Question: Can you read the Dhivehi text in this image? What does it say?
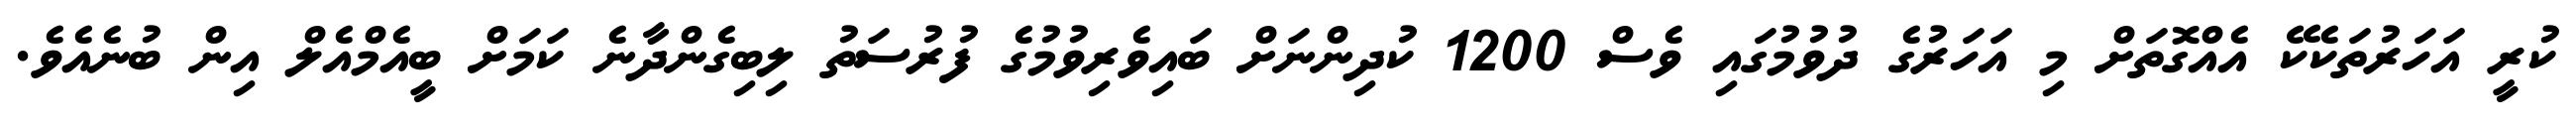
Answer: ކުރީ އަހަރުތަކެކޭ އެއްގޮތަށް މި އަހަރުގެ ދުވުމުގައި ވެސް 1200 ކުދިންނަށް ބައިވެރިވުމުގެ ފުރުސަތު ލިބިގެންދާނެ ކަމަށް ބީއެމްއެލް އިން ބުނެއެވެ.